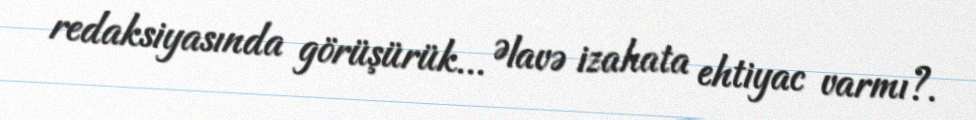
redaksiyasında görüşürük... Əlavə izahata ehtiyac varmı?.